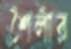
শৈলীর